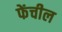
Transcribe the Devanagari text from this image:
फेंचील